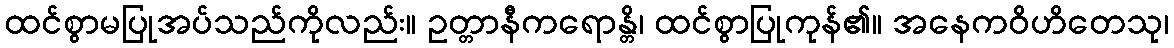
ထင်စွာမပြုအပ်သည်ကိုလည်း။ ဥတ္တာနီကရောန္တိ၊ ထင်စွာပြုကုန်၏။ အနေကဝိဟိတေသု၊